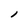
Character: l